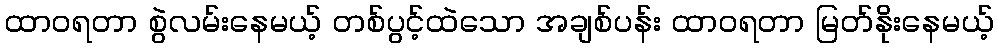
ထာဝရတာ စွဲလမ်းနေမယ့် တစ်ပွင့်ထဲသော အချစ်ပန်း ထာဝရတာ မြတ်နိုးနေမယ့်